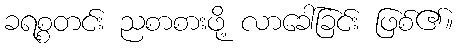
ခရစ္စတင်း ညစာစားဖို့ လာခေါ်ခြင်း ဖြစ်၏။